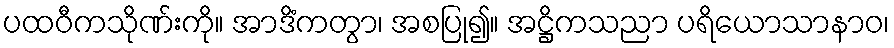
ပထဝီကသိုဏ်းကို။ အာဒိံကတွာ၊ အစပြု၍။ အဋ္ဌိကသညာ ပရိယောသာနာဝ၊